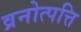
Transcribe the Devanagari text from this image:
व्रनोत्पत्ति